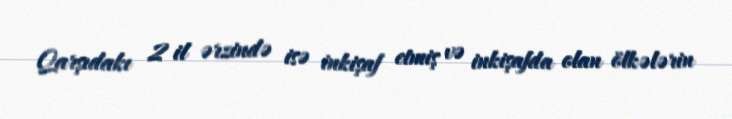
Qarşıdakı 2 il ərzində isə inkişaf etmiş və inkişafda olan ölkələrin